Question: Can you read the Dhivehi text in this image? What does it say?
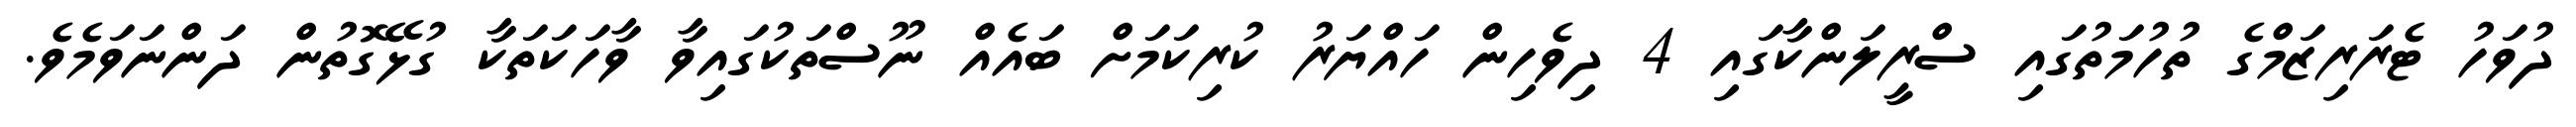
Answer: ދުވަހު ޓެރަރިޒަމްގެ ތުހުމަތުގައި ސްރީލަންކާގައި 4 ދިވެހިން ހައްޔަރު ކުރިކަމަށް ބައެއް ނޫސްތަކުގައިވާ ވާހަކަތަކާ ގުޅޭގޮތުން ދަންނަވަމެވެ.